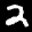
Label: 2